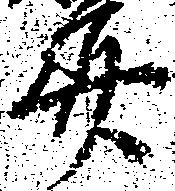
美